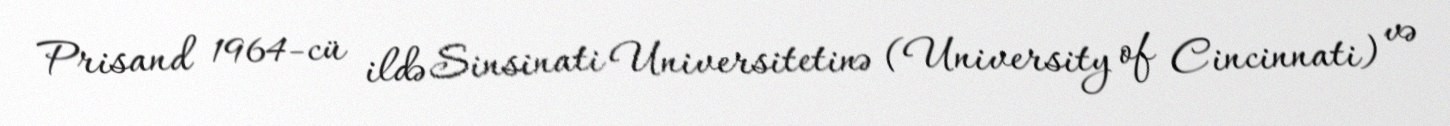
Prisand 1964-cü ildə Sinsinati Universitetinə (University of Cincinnati) və